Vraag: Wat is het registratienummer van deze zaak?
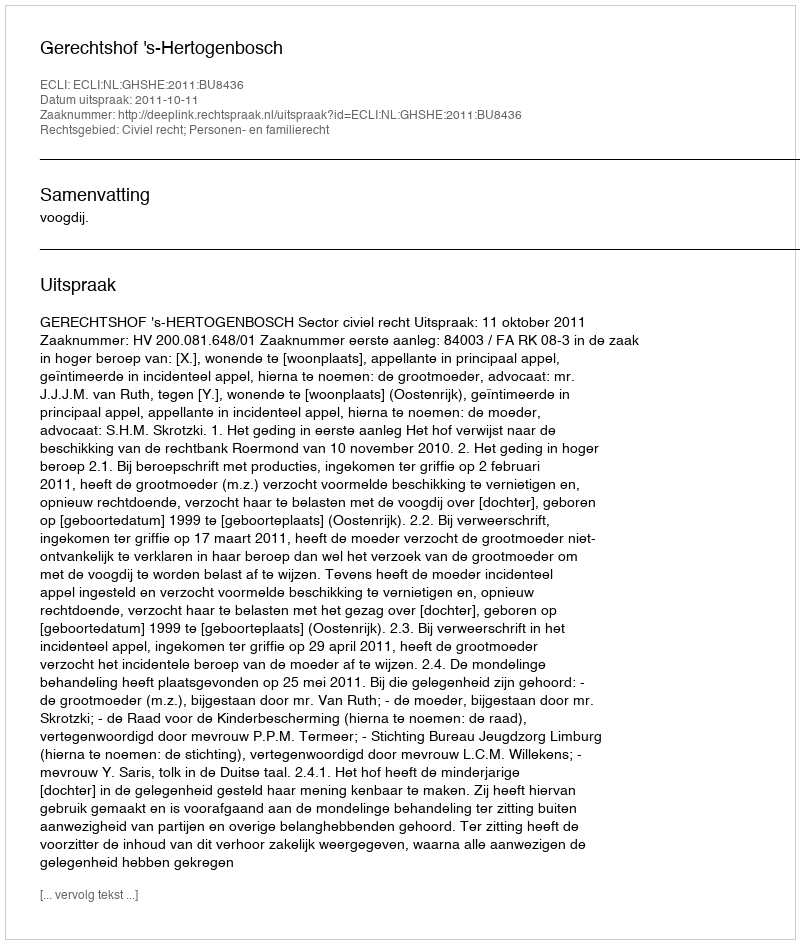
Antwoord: http://deeplink.rechtspraak.nl/uitspraak?id=ECLI:NL:GHSHE:2011:BU8436